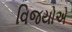
વિજયોએ